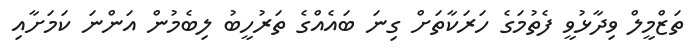
ތަޒްމީލް ވިދާޅުވީ ފެތުމަގެ ހަރަކާތަށް ގިނަ ބައެއްގެ ތަރުހީބު ލިބެމުން އަންނަ ކަމަށާއި